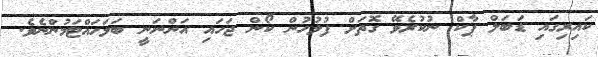
ކައިރިގައި ޑަބަލް ޕާކް ނުކުރެވޭ ގޮތަށް ފުލުހުން ކޯން ޖަހައި އަންނަނީ ބަލަހައްޓަމުންނެވެ.